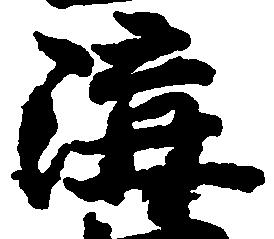
溝